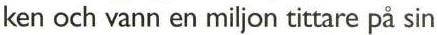
ken och vann en miljon tittare på sin